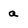
Character: a